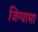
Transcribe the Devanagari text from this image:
जिग्यासा